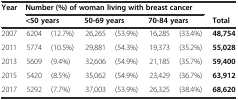
<table><thead><tr><td rowspan="2"><b>Year</b></td><td colspan="7"><b>Number (%) of woman living with breast cancer</b></td></tr><tr><td colspan="2"><b>&lt;50 years</b></td><td colspan="2"><b> 50-69 years</b></td><td colspan="2"><b> 70-84 years</b></td><td><b>Total</b></td></tr></thead><tbody><tr><td>2007</td><td>6204</td><td>(12.7%)</td><td>26,265</td><td>(53.9%)</td><td>16,285</td><td>(33.4%)</td><td><b>48,754</b></td></tr><tr><td>2011</td><td>5774</td><td>(10.5%)</td><td>29,881</td><td>(54.3%)</td><td>19,373</td><td>(35.2%)</td><td><b>55,028</b></td></tr><tr><td>2013</td><td>5609</td><td>(9.4%)</td><td>32,606</td><td>(54.9%)</td><td>21,185</td><td>(35.7%)</td><td><b>59,400</b></td></tr><tr><td>2015</td><td>5420</td><td>(8.5%)</td><td>35,062</td><td>(54.9%)</td><td>23,429</td><td>(36.7%)</td><td><b>63,912</b></td></tr><tr><td>2017</td><td>5292</td><td>(7.7%)</td><td>37,003</td><td>(53.9%)</td><td>26,325</td><td>(38.4%)</td><td><b>68,620</b></td></tr></tbody></table>